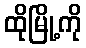
ထိုမြို့ကို